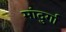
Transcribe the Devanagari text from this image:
मांदुर्गा